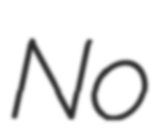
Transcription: No